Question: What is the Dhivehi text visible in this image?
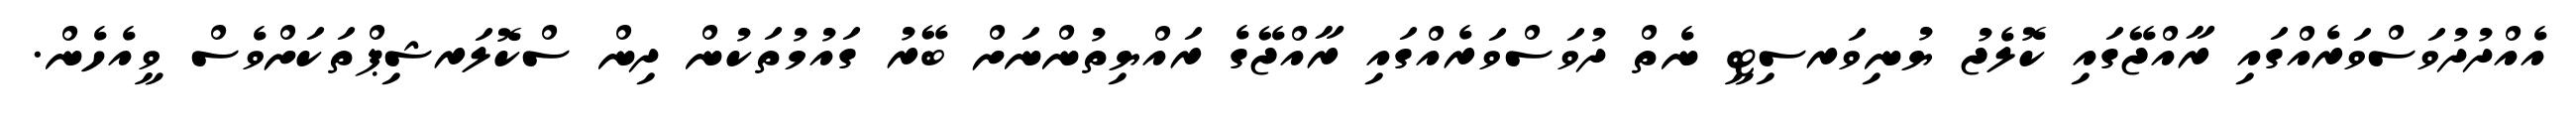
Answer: އެއްދުދުވަސްވަރެއްގައި ރާއްޖޭގައި ކޮލެޖު ޔުނިވަރސިޓީ ނެތް ދުވަސްވަރެއްގައި ރާއްޖޭގެ ރައްޔިތުންނަށް ބޭރު ގައުމުތަކުން ދިން ސްކޮލަރޝިޕްތަކަށްވެސް ވީއެހެން.